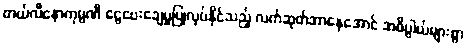
တယ်လီနောကုမ္ပဏီ ငွေပေးချေမှုပြုလုပ်နိုင်သည့် လက်ဆုတ်အာနေအောင် အဓိပ္ပါယ်များစွာ